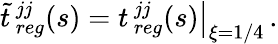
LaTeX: {\tilde{t}}{\, }_{reg}^{jj}(s)=\left.t{\, }_{reg}^{jj}(s)\right|_{\xi=1/4}\, .